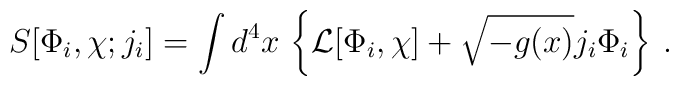
S[\Phi_i, \chi; j_i] = \int d^4 x \, \left\{ {\cal L}[\Phi_i, \chi]      + \sqrt{-g(x)} j_i \Phi_i \right\} \>.